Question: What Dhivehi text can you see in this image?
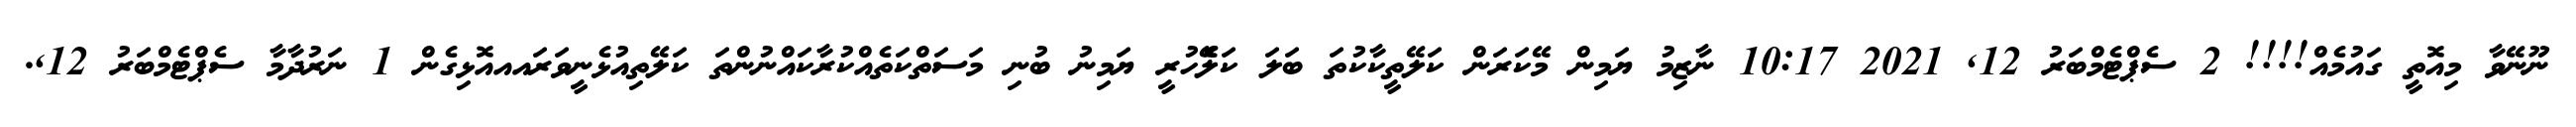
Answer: ނޫނޭވާ މިއޮތީ ގައުމެއް!!!! 2 ސެޕްޓެމްބަރު 12, 2021 10:17 ނާޒިމު ޔަމިން މޭކަރަން ކަލޭތީކާކުތަ ބަލަ ކަލެޭހުރީ ޔަމިނު ބުނި މަސަތްކަތެއްކުރާކައްނުންތަ ކަލޭތިއުޅެނީވަރައއއޮޅިގެން 1 ނަރުދާމާ ސެޕްޓެމްބަރު 12,.